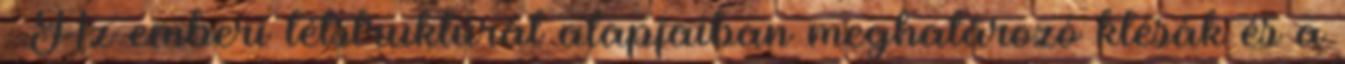
. Az emberi létstruktúrát alapjaiban meghatározó klésák és a